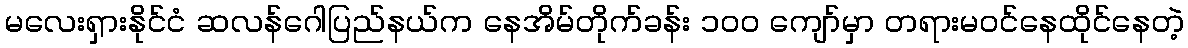
မလေးရှားနိုင်ငံ ဆလန်ဂေါပြည်နယ်က နေအိမ်တိုက်ခန်း ၁၀၀ ကျော်မှာ တရားမဝင်နေထိုင်နေတဲ့